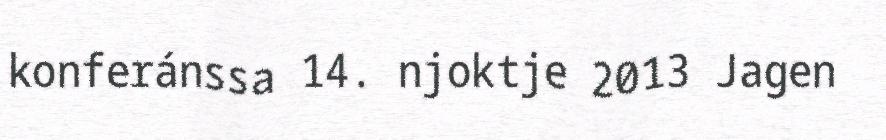
konferánssa 14. njoktje 2013 Jagen